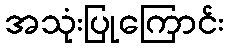
အသုံးပြုကြောင်း